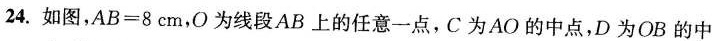
24.如图，$$A B = 8 c m$$，O为线段AB上的任意一点，C为AO的中点，D为OB的中